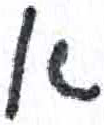
אות: א